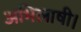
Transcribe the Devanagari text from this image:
अभिलाषी।